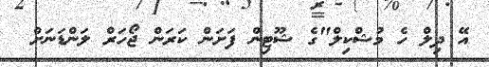
އޭ ދިލް ހެ މުޝްކިލް"ގެ ޝޫޓިން ފަށަން ކަރަން ޖޯހަރް ލަންޑަނަށް